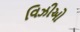
વિઝીઓ